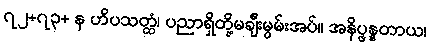
၇၂+၇၃+ န ဟိပသတ္ထံ၊ ပညာရှိတို့မချီးမွမ်းအပ်။ အနိပ္ဖန္နတာယ၊